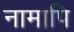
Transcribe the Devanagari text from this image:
नामापि